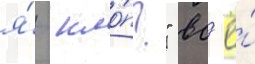
я́  кло́п?" вс'ё́